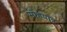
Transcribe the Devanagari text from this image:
मोहपात्र